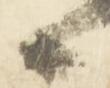
上